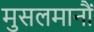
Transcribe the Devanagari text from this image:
मुसलमानौं